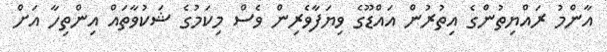
އާންމު ރައްޔިތުންގެ އިތުރުން އައްޑޫގެ ވިޔަފާވެރިން ވެސް މިކަމުގެ ޝަކުވާތައް އިންތިހާ އަށް